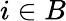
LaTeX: i\in B